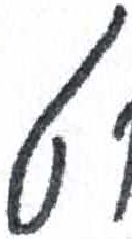
אות: ט